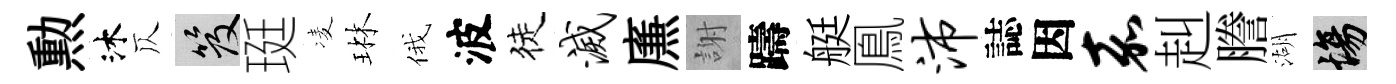
勲沐仄笈珽凌琳俄波徒灭㢘謝躊艇鳯沛誌因嘉赳謄湖場